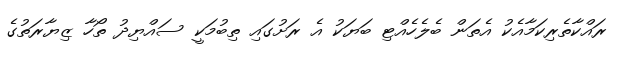
ރައްކާތެރިކަމާއެކު އެތަން ބެލެހެއްޓި ބަޔަކު އެ ރަށުގައި ތިބުމަކީ ސައްޔިދު ތޯހާ ޒިޔާރަތުގެ